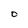
Character: O